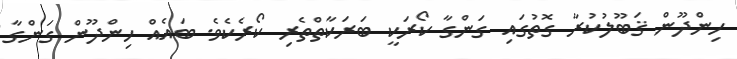
ހިންދޫން ޤަބޫލުކުރާ ގޮތުގައި ގަންގާ ކޯރަކީ ބަރަކާތްތެރި ކޯރެކެވެ. ބައެއް ހިންދޫން ގަންގާ